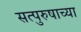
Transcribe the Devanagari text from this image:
सत्पुरुषाच्या